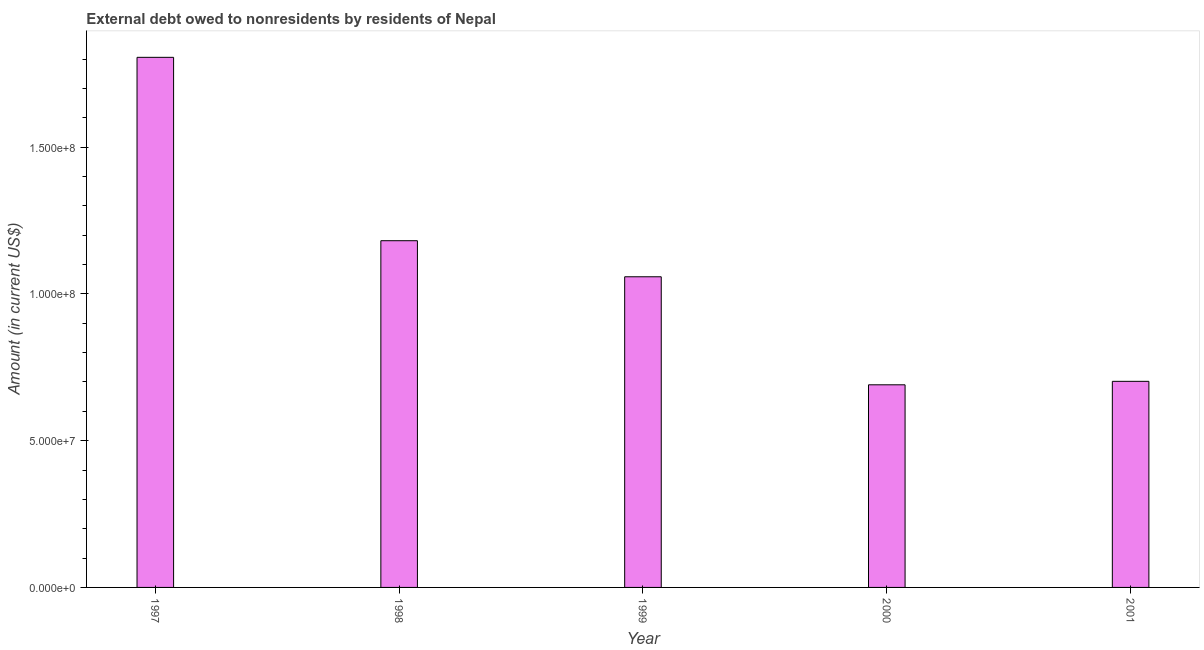
| Year | Debt |
 | --- | --- |
 | 1997 | 1.81e+08 |
 | 1998 | 1.18e+08 |
 | 1999 | 1.06e+08 |
 | 2000 | 6.9e+07 |
 | 2001 | 7.02e+07 |